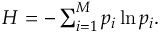
\begin{array} { r } { H = - \sum _ { i = 1 } ^ { M } p _ { i } \ln { p _ { i } } . } \end{array}